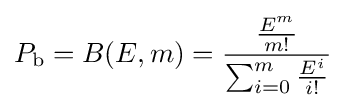
P_{\text{b}}=B(E,m)={\frac {\frac {E^{m}}{m!}}{\sum _{i=0}^{m}{\frac {E^{i}}{i!}}}}